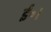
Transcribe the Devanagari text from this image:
ई॰।